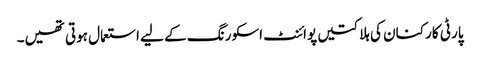
پارٹی کارکنان کی ہلاکتیں پوائنٹ اسکورنگ کے لیے استعمال ہوتی تھیں۔